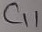
Text: C11